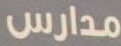
مدارس